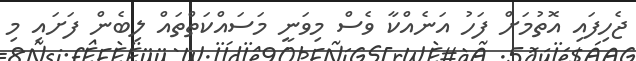
ޖެހިފައި އޮތުމަށް ފަހު އަނެއްކާ ވެސް މިވަނީ މަސައްކަތްތައް ލިބެން ފަށައި މި